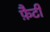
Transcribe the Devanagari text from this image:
फ़ैटी